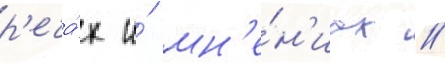
р'еча́х и́ мн'е́н'иах /